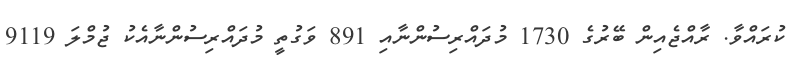
ކުރައްވާ. ރާއްޖެއިން ބޭރުގެ 1730 މުދައްރިސުންނާއި 891 ވަގުތީ މުދައްރިސުންނާއެކު ޖުމްލަ 9119